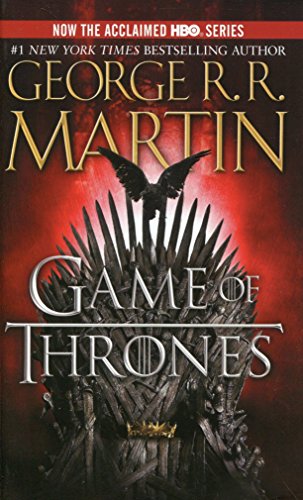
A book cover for A Game of Thrones (A Song of Ice and Fire, Book 1); George R. R. Martin; Science Fiction & Fantasy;